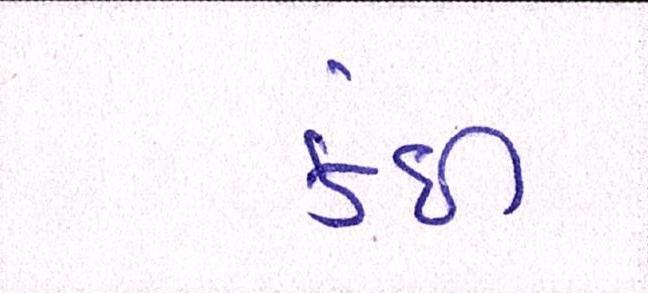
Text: કંઈ